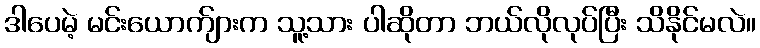
ဒါပေမဲ့ မင်းယောက်ျားက သူ့သား ပါဆိုတာ ဘယ်လိုလုပ်ပြီး သိနိုင်မလဲ။